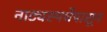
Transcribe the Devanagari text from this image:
नाट्यस्पर्धेपासून